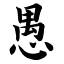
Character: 愚